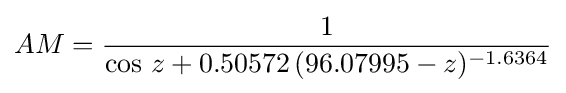
AM={\frac {1}{\cos \,z+0.50572\,(96.07995-z)^{-1.6364}}}